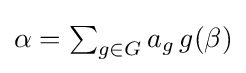
{\textstyle \alpha =\sum _{g\in G}a_{g}\,g(\beta )}